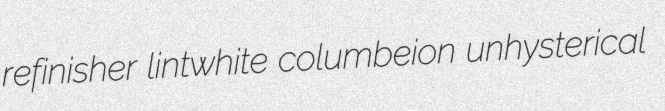
refinisher lintwhite columbeion unhysterical